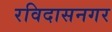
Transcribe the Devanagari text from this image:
रविदासनगर